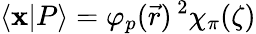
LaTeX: \langle\mathbf{x}|P\rangle=\varphi_{p}(\vec{r})\, ^{2}\chi_{\pi}(\zeta)